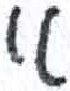
אות: א